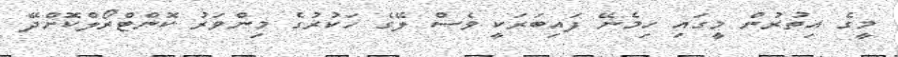
މީގެ އިތުރުން މީގައި ހިމެނޭ ފައިބަރަކީ ވެސް ލޭގެ ހަކުރުގެ މިންވަރު ކޮންޓްރޯލްކޮށްދޭ